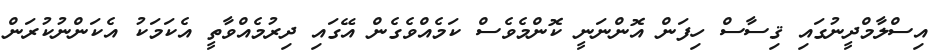
އިސްލާމްދީނުގައި ޤިސާސް ހިފަން އޮންނަނީ ކޮންމެވެސް ކަމެއްވެގެން އޭގައި ދިރުމެއްވާތީ އެކަމަކު އެކަންނުކުރަން